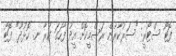
ފޮޓޯ ސްޓޯރީ: "ސަރުކާރުން ރަސްމީކޮށް އީދު ފާހަގަ ކުރާ ނ. ހޮޅުދޫ" ފޮޓޯ